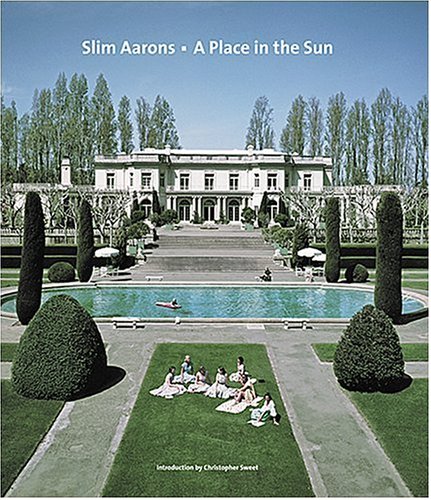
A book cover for Slim Aarons: A Place in the Sun; Arts & Photography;